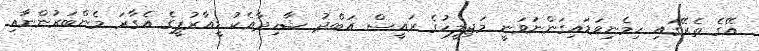
އޭގެ ތެރޭގައި ހިމެނިވަޑައިގަންނަވަނީ މަޖިލީހުގެ ރައީސް އަބްދު ޝާހިދާއެކު ޑީއާރުޕީގެ އެގާރަ މެންބަރުންނާއި